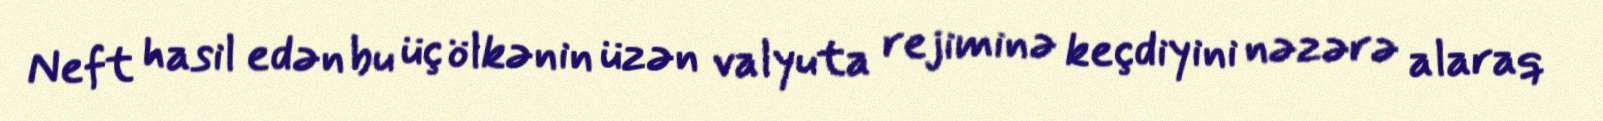
Neft hasil edən bu üç ölkənin üzən valyuta rejiminə keçdiyini nəzərə alaraq